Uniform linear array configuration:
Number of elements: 32
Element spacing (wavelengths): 1
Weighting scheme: binomial
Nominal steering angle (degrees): -30
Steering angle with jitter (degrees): -30.552
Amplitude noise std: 0.05
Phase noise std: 0.05

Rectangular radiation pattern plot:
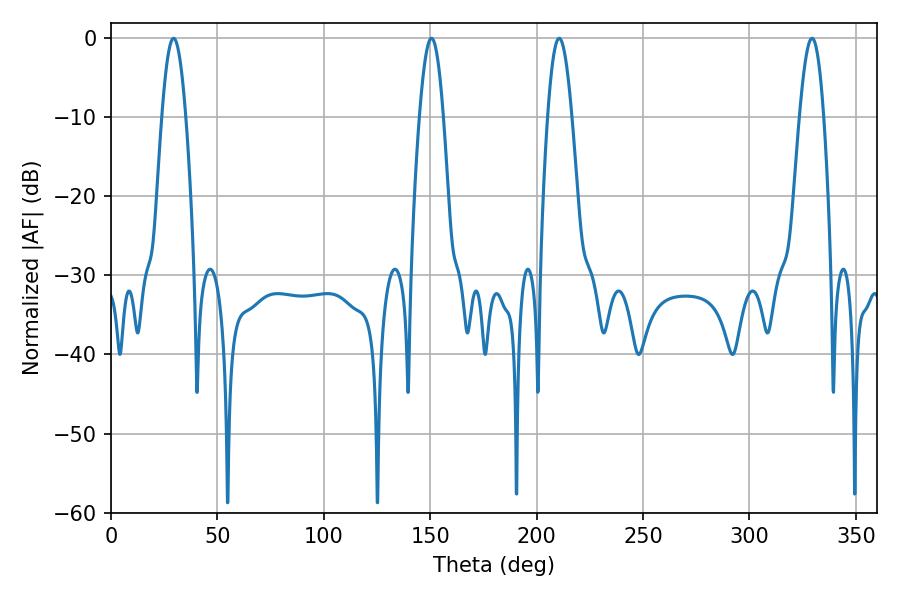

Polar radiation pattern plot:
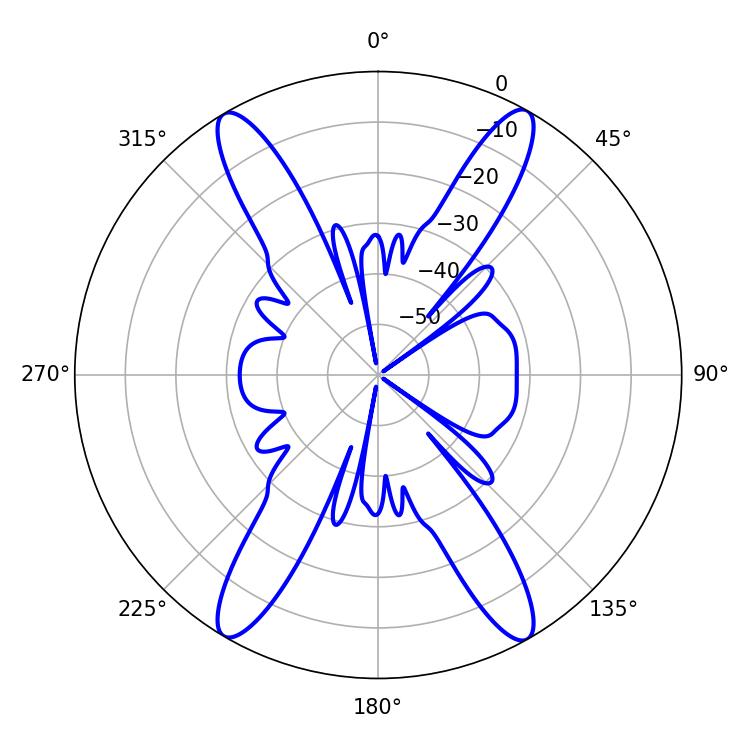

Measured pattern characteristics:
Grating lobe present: TRUE
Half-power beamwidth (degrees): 6.12
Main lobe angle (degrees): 210.6